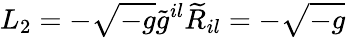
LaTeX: L_{2}=-\sqrt{-g}\widetilde{g}^{il}\widetilde{R}_{il}=-\sqrt{-g}